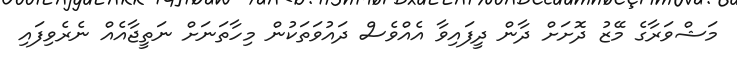
މަޝްވަރާގެ މޭޒު ދޮށަށް ދާން ދީފައިވާ އެއްވެސް ދައުވަތަކުން މިހާތަނަށް ނަތީޖާއެއް ނެރެވިފައި